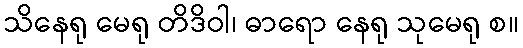
သိနေရု မေရု တိဒိဝါ၊ ဓာရော နေရု သုမေရု စ။